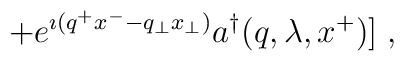
\; + e^{\imath(q^+x^- - q_\perp x_\perp)}a^\dagger(q,\lambda,x^+)]\;,